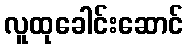
လူထုခေါင်းဆောင်